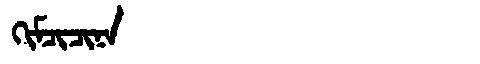
Manchu: ᡴᡳᠮᠴᡳᠴᡳᠨᠠ
Romanization: KIMCICINA